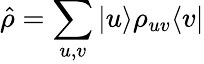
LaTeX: \hat{\rho}=\sum_{u,v}|u\rangle\rho_{uv}\langle v|